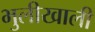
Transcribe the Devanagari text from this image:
भुलीखाली